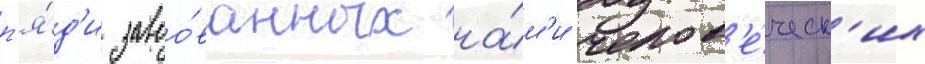
п'я́д'и завоо́ванных на́м'и челов'е́ческ'их